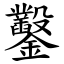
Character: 鑿